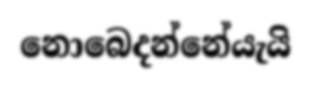
නොබෙදන්නේයැයි